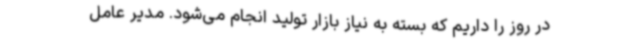
در روز را داریم که بسته به نیاز بازار تولید انجام می‌شود. مدیر عامل